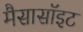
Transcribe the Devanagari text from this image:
मैसासॉइट